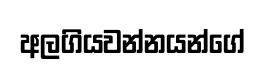
අලගියවන්නයන්ගේ